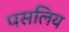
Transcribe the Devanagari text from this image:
पसलिय